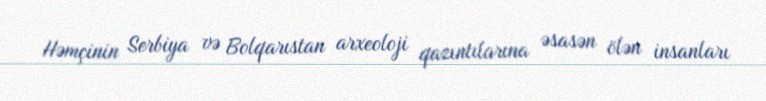
Həmçinin Serbiya və Bolqarıstan arxeoloji qazıntılarına əsasən ölən insanları